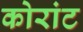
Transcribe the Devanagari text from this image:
कोरांट